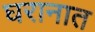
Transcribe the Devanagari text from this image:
घरानात